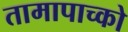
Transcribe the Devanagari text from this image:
तामापाच्को